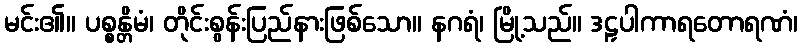
မင်း၏။ ပစ္စန္တိမံ၊ တိုင်းစွန်းပြည်နားဖြစ်သော။ နဂရံ၊ မြို့သည်။ ဒဠှပါကာရတောရဏံ၊